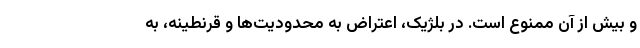
و بیش از آن ممنوع است. در بلژیک، اعتراض به محدودیت‌ها و قرنطینه، به